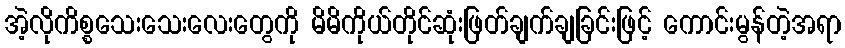
အဲ့လိုကိစ္စသေးသေးလေးတွေကို မိမိကိုယ်တိုင်ဆုံးဖြတ်ချက်ချခြင်းဖြင့် ကောင်းမွန်တဲ့အရာ